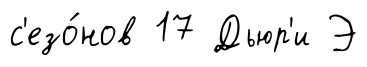
с'езо́нов 17 Дьюр'и Э